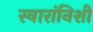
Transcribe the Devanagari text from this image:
स्वारांनिशी